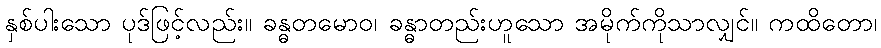
နှစ်ပါးသော ပုဒ်ဖြင့်လည်း။ ခန္ဓတမောဝ၊ ခန္ဓာတည်းဟူသော အမိုက်ကိုသာလျှင်။ ကထိတော၊